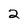
Character: 2